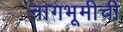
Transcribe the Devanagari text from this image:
नागभूमीची